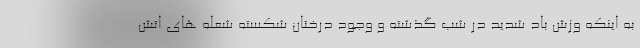
به اینکه وزش باد شدید در شب گذشته و وجود درختان شکسته شعله های اتش